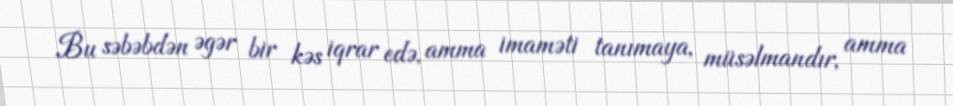
Bu səbəbdən əgər bir kəs iqrar edə, amma imaməti tanımaya, müsəlmandır, amma